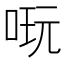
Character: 𠶃